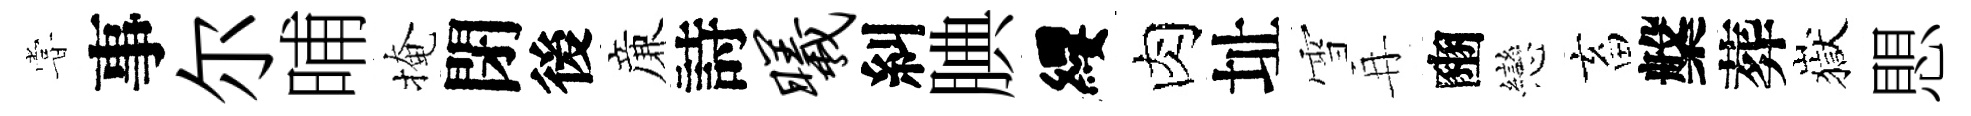
甞事尔晡掩閉後亷詩曦糾腆纓肉址雪再豳戀畜槃葬嶽愳